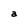
Character: a